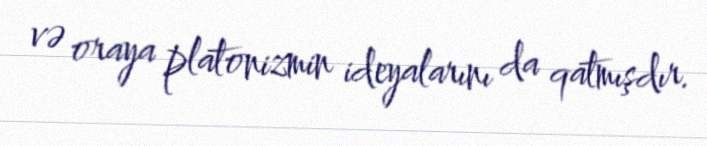
və oraya platonizmin ideyalarını da qatmışdır.